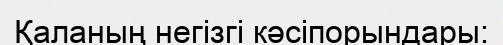
Қаланың негізгі кәсіпорындары: